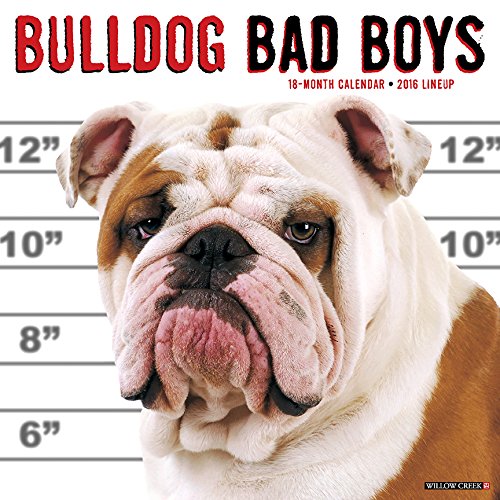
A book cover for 2016 Bulldog Bad Boys Wall Calendar; Willow Creek Press; Calendars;